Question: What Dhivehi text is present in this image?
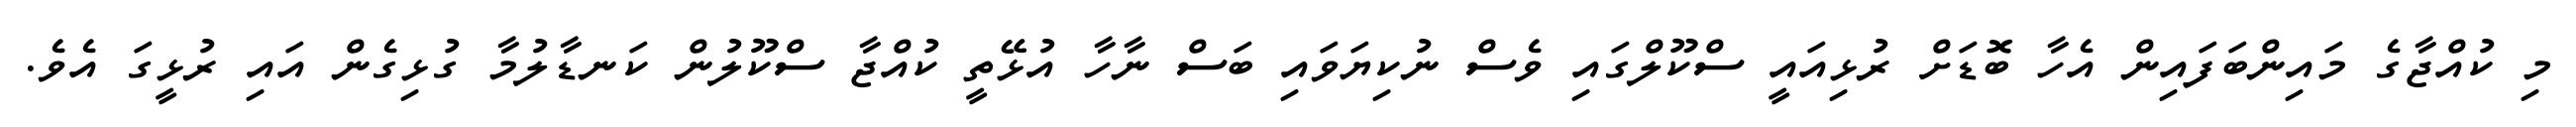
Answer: މި ކުއްޖާގެ މައިންބަފައިން އެހާ ބޮޑަށް ރުޅިއައީ ސްކޫލްގައި ވެސް ނުކިޔަވައި ބަސް ނާހާ އުޅޭތީ ކުއްޖާ ސްކޫލުން ކަނޑާލުމާ ގުޅިގެން އައި ރުޅީގަ އެވެ.